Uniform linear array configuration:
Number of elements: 32
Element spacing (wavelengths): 1
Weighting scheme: cosine
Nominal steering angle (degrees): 30
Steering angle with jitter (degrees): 31.327
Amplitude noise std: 0.05
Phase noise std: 0.05

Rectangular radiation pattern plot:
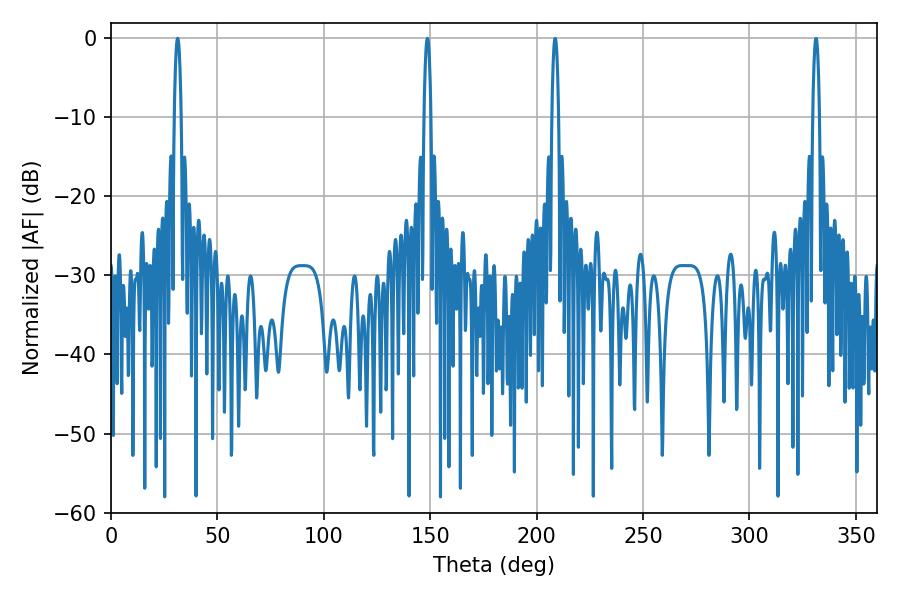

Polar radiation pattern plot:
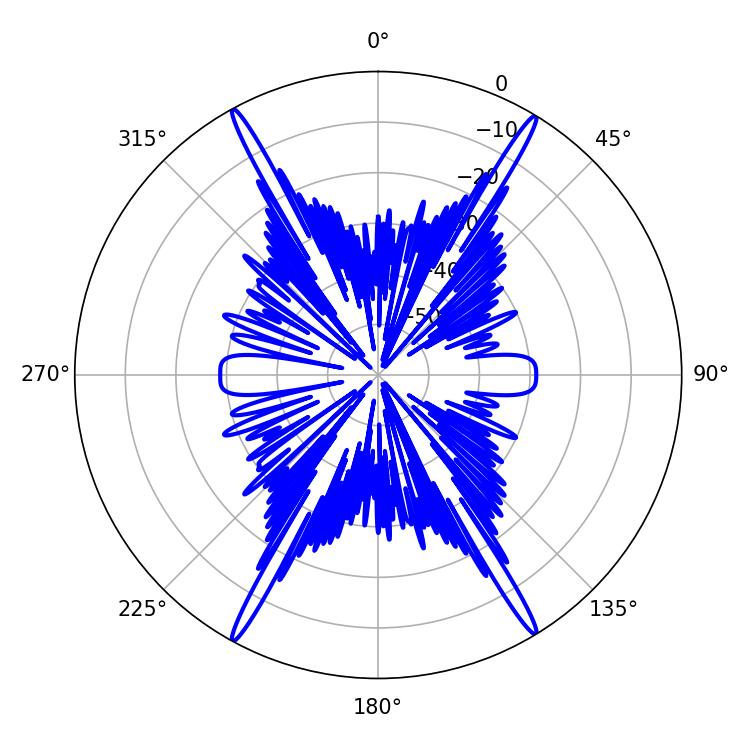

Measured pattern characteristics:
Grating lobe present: TRUE
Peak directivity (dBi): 27.558
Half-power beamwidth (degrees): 1.8
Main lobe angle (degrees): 148.68